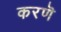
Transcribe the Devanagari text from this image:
करणॆ